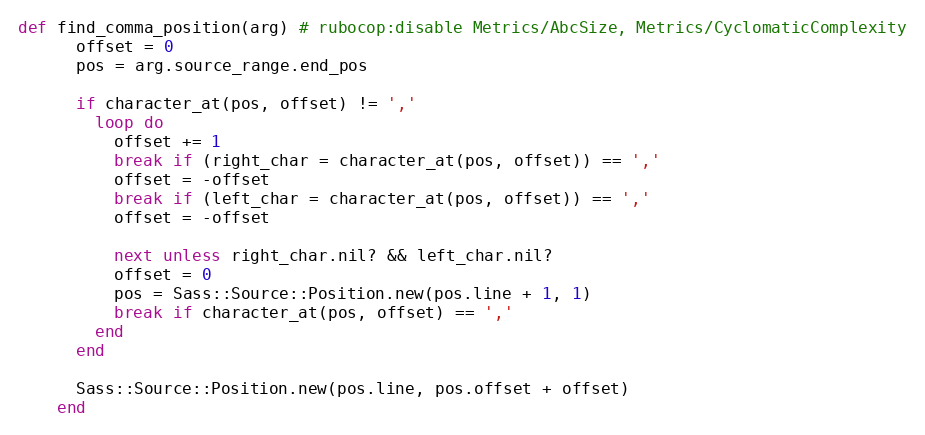
Language: Ruby
def find_comma_position(arg) # rubocop:disable Metrics/AbcSize, Metrics/CyclomaticComplexity
      offset = 0
      pos = arg.source_range.end_pos

      if character_at(pos, offset) != ','
        loop do
          offset += 1
          break if (right_char = character_at(pos, offset)) == ','
          offset = -offset
          break if (left_char = character_at(pos, offset)) == ','
          offset = -offset

          next unless right_char.nil? && left_char.nil?
          offset = 0
          pos = Sass::Source::Position.new(pos.line + 1, 1)
          break if character_at(pos, offset) == ','
        end
      end

      Sass::Source::Position.new(pos.line, pos.offset + offset)
    end